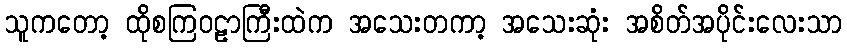
သူကတော့ ထိုစကြဝဠာကြီးထဲက အသေးတကာ့ အသေးဆုံး အစိတ်အပိုင်းလေးသာ